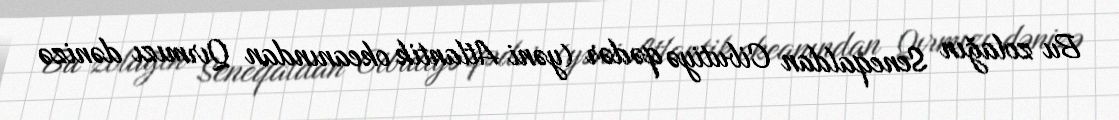
Bu zolağın Seneqaldan Cibutiyə qədər (yəni Atlantik okeanından Qırmızı dənizə